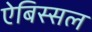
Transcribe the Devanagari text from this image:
ऐबिस्सल